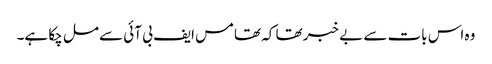
وہ اس بات سے بے خبر تھا کہ تھامس ایف بی آئی سے مل چکا ہے۔